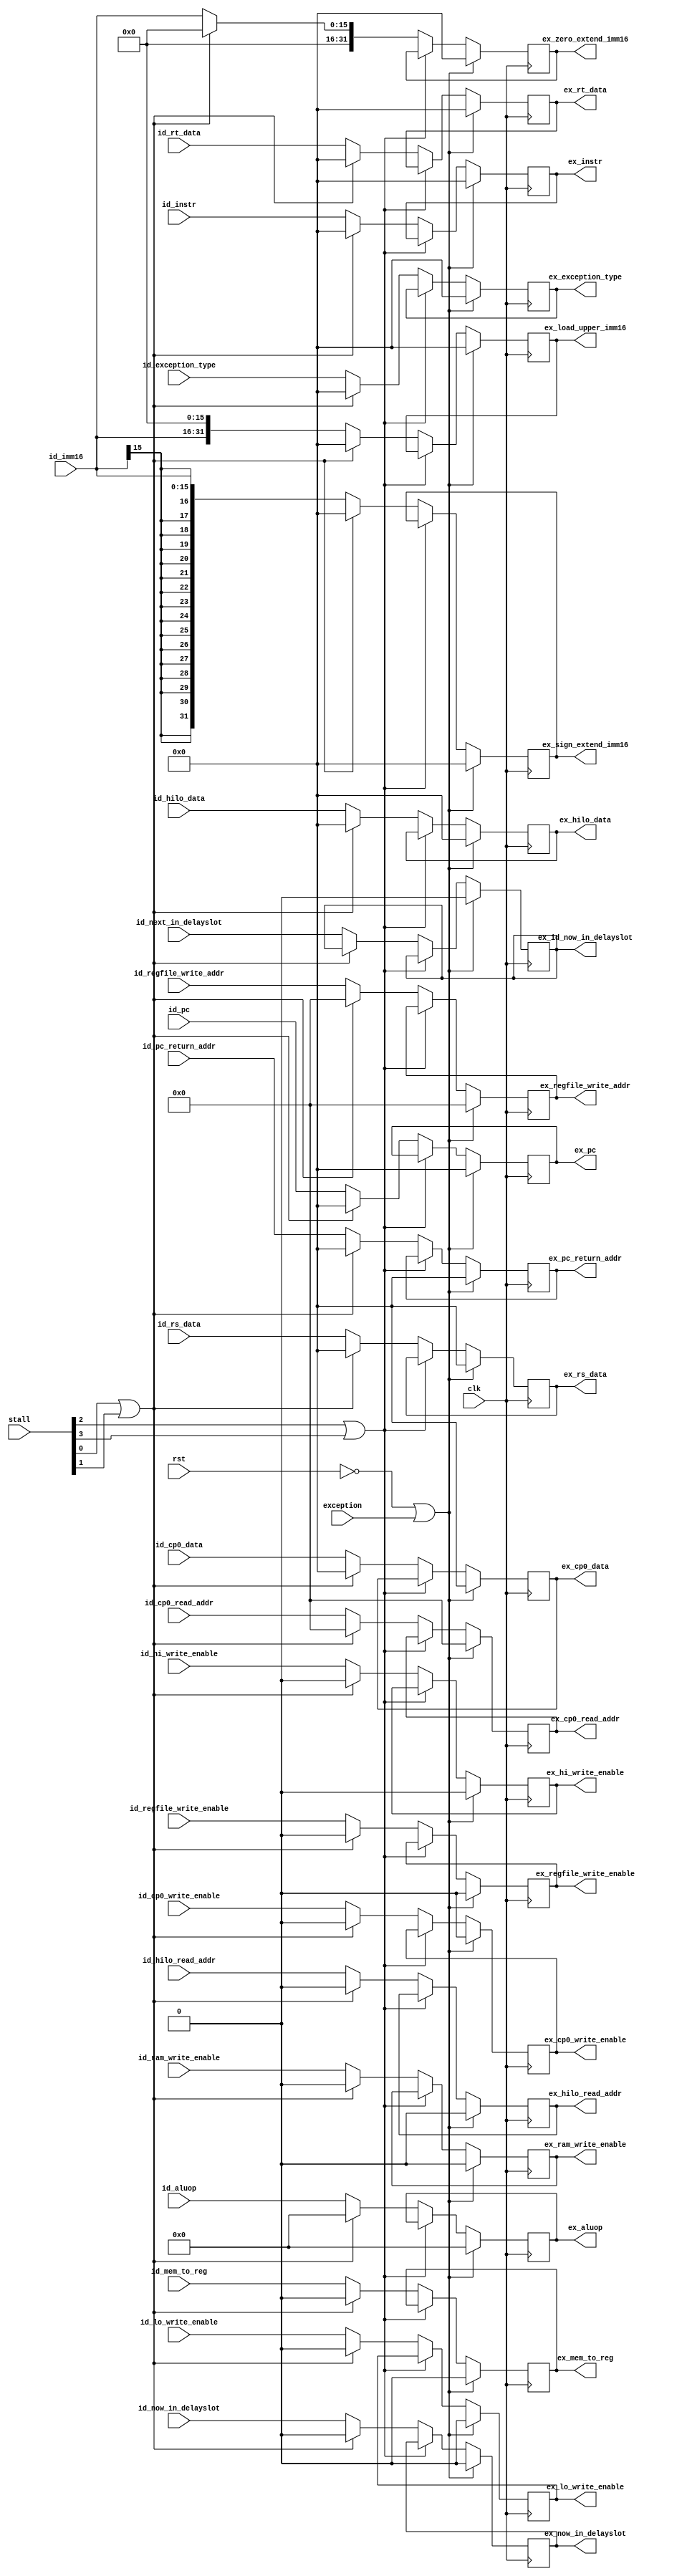
module id_ex(
    input                       rst,
    input                       clk,
    input                       exception,
    input   [3:0]               stall, 
    input   [31:0]              id_pc,
    input   [31:0]              id_rs_data,
    input   [31:0]              id_rt_data,
    input   [31:0]              id_instr,
    input   [7:0]               id_aluop,
    input   [4:0]               id_regfile_write_addr,
    input                       id_now_in_delayslot,
    input                       id_next_in_delayslot,
    input                       id_regfile_write_enable,
    input                       id_ram_write_enable,
    input                       id_hi_write_enable,
    input                       id_lo_write_enable,
    input                       id_cp0_write_enable,
    input                       id_mem_to_reg,
    input   [31:0]              id_pc_return_addr,
    input   [31:0]              id_hilo_data,
    input   [31:0]              id_cp0_data,
    input   [15:0]              id_imm16,
    input   [31:0]              id_exception_type,
    input                       id_hilo_read_addr,
    input   [4:0]               id_cp0_read_addr,
    
    output  reg[31:0]           ex_pc,
    output  reg[31:0]           ex_rs_data,
    output  reg[31:0]           ex_rt_data,
    output  reg[31:0]           ex_instr,
    output  reg[7:0]            ex_aluop,
    output  reg[4:0]            ex_regfile_write_addr,
    output  reg                 ex_now_in_delayslot,
    output  reg                 ex_regfile_write_enable,
    output  reg                 ex_ram_write_enable,
    output  reg                 ex_hi_write_enable,
    output  reg                 ex_lo_write_enable,
    output  reg                 ex_cp0_write_enable,
    output  reg[31:0]           ex_hilo_data,
    output  reg[31:0]           ex_cp0_data,
    output  reg                 ex_mem_to_reg,
    output  reg[31:0]           ex_pc_return_addr,
    output  reg[31:0]           ex_sign_extend_imm16,
    output  reg[31:0]           ex_zero_extend_imm16,
    output  reg[31:0]           ex_load_upper_imm16,
    output  reg                 ex_hilo_read_addr,
    output  reg[4:0]            ex_cp0_read_addr,
    output  reg                 ex_id_now_in_delayslot,
    output  reg [31:0]          ex_exception_type
);

wire inst_stall, id_stall, exe_stall, data_stall;
assign inst_stall = stall[0];
assign id_stall = stall[1];
assign exe_stall = stall[2];
assign data_stall = stall[3];

always @ (posedge clk) begin
    if (rst == 1'b0 || exception == 1'b1) begin
        ex_pc <= 32'b0;
        ex_rs_data <= 32'b0;
        ex_rt_data <= 32'b0;
        ex_instr <= 32'b0;
        ex_aluop <= 8'h00;
        ex_regfile_write_addr <= 5'b00000;
        ex_now_in_delayslot <= 1'b0;
        ex_exception_type <= 32'b0;
        ex_regfile_write_enable <= 1'b0;
        ex_ram_write_enable <= 1'b0;
        ex_hi_write_enable <= 1'b0;
        ex_lo_write_enable <= 1'b0;
        ex_cp0_write_enable <= 1'b0;
        ex_hilo_data <= 32'b0;
        ex_cp0_data <= 32'b0;
        ex_mem_to_reg <= 1'b0;
        ex_pc_return_addr <= 32'b0;
        ex_sign_extend_imm16 <= 32'b0;
        ex_zero_extend_imm16 <= 32'b0;
        ex_load_upper_imm16 <= 32'b0;
        ex_hilo_read_addr <= 1'b0;
        ex_cp0_read_addr <= 5'b00000;
        ex_id_now_in_delayslot <= 1'b0;
        ex_exception_type <= 6'h0;
    end 
    else if (exe_stall == 1'b1 || data_stall == 1'b1); 
    else if (inst_stall == 1'b1 || id_stall == 1'b1) begin
        ex_pc <= 32'b0;
        ex_rs_data <= 32'b0;
        ex_rt_data <= 32'b0;
        ex_instr <= 32'b0;
        ex_aluop <= 8'h00;
        ex_regfile_write_addr <= 5'b00000;
        ex_now_in_delayslot <= 1'b0;
        ex_exception_type <= 32'b0;
        ex_regfile_write_enable <= 1'b0;
        ex_ram_write_enable <= 1'b0;
        ex_hi_write_enable <= 1'b0;
        ex_lo_write_enable <= 1'b0;
        ex_cp0_write_enable <= 1'b0;
        ex_hilo_data <= 32'b0;
        ex_cp0_data <= 32'b0;
        ex_mem_to_reg <= 1'b0;
        ex_pc_return_addr <= 32'b0;
        ex_sign_extend_imm16 <= 32'b0;
        ex_zero_extend_imm16 <= 32'b0;
        ex_load_upper_imm16 <= 32'b0;
        ex_hilo_read_addr <= 1'b0;
        ex_cp0_read_addr <= 5'b00000;
        ex_id_now_in_delayslot <= ex_id_now_in_delayslot; 
        ex_exception_type <= 6'h0;
    end 
    else begin
        ex_pc <= id_pc;
        ex_rs_data <= id_rs_data;
        ex_rt_data <= id_rt_data;
        ex_instr <= id_instr;
        ex_aluop <= id_aluop;
        ex_regfile_write_addr <= id_regfile_write_addr;
        ex_now_in_delayslot <= id_now_in_delayslot;
        ex_exception_type <= id_exception_type;
        ex_regfile_write_enable <= id_regfile_write_enable;
        ex_ram_write_enable <= id_ram_write_enable;
        ex_hi_write_enable <= id_hi_write_enable;
        ex_lo_write_enable <= id_lo_write_enable;
        ex_cp0_write_enable <= id_cp0_write_enable;
        ex_hilo_data <= id_hilo_data;
        ex_cp0_data <= id_cp0_data;
        ex_mem_to_reg <= id_mem_to_reg;
        ex_pc_return_addr <= id_pc_return_addr;
        ex_sign_extend_imm16 <= {{16{id_imm16[15]}}, id_imm16};
        ex_zero_extend_imm16 <= {16'h0000, id_imm16};
        ex_load_upper_imm16 <= {id_imm16, 16'h0000};
        ex_hilo_read_addr <= id_hilo_read_addr;
        ex_cp0_read_addr <= id_cp0_read_addr;
        ex_id_now_in_delayslot <= id_next_in_delayslot;
        ex_exception_type <= id_exception_type;
    end
end
endmodule